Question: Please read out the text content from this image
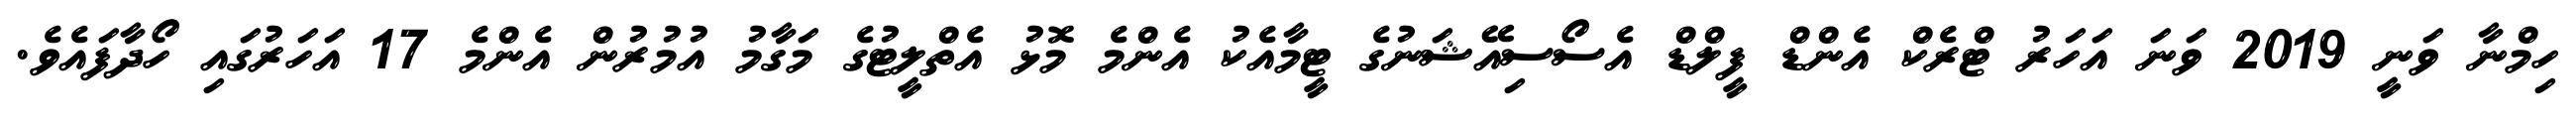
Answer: ހިމްނާ ވަނީ 2019 ވަނަ އަހަރު ޓްރެކް އެންޑް ފީލްޑް އެސޯސިއޭޝަނުގެ ޓީމާއެކު އެންމެ މޮޅު އެތްލީޓުގެ މަގާމު އުމުރުން އެންމެ 17 އަހަރުގައި ހޯދާފައެވެ.